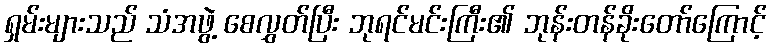
ရှမ်းများသည် သံအဖွဲ့ စေလွှတ်ပြီး ဘုရင်မင်းကြီး၏ ဘုန်းတန်ခိုးတော်ကြောင့်